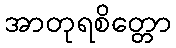
အာတုရစိတ္တော